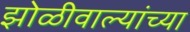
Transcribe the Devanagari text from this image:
झोळीवाल्यांच्या